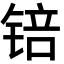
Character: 锫